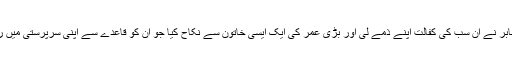
حضرت جابرؓ نے ان سب کی کفالت اپنے ذمے لی اور بڑی عمر کی ایک ایسی خاتون سے نکاح کیا جو ان کو قاعدے سے اپنی سرپرستی میں رکھ سکے۔